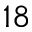
1 8